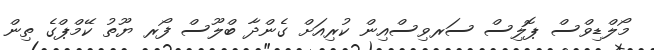
މޯލްޑިވްސް ޕޮލިސް ސަރވިސްއިން ކުރިއަށް ގެންދާ ބްލޫސް ފޯރ ޔޫތު ކޭމްޕްގެ ތިން